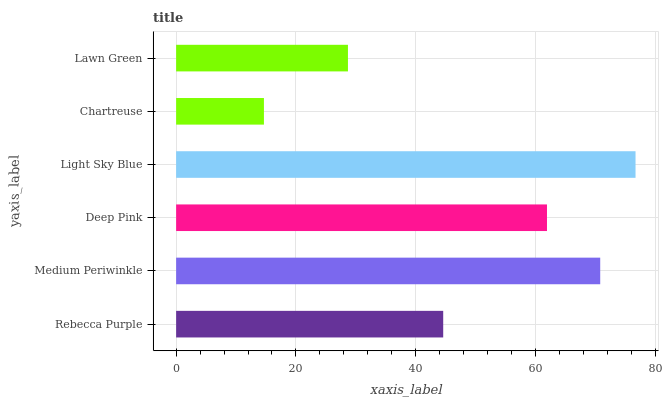
| yaxis_label | bars |
 | --- | --- |
 | Rebecca Purple | 44.6 |
 | Medium Periwinkle | 70.8 |
 | Deep Pink | 61.9 |
 | Light Sky Blue | 76.7 |
 | Chartreuse | 14.7 |
 | Lawn Green | 28.7 |